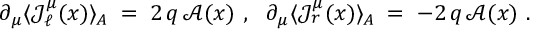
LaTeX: \partial _ { \mu } \langle { \mathcal J } _ { \ell } ^ { \mu } ( x ) \rangle _ { A } \; = \; 2 \, q \, { \mathcal A } ( x ) ~ , ~ ~ \partial _ { \mu } \langle { \mathcal J } _ { r } ^ { \mu } ( x ) \rangle _ { A } \; = \; - 2 \, q \, { \mathcal A } ( x ) ~ .